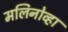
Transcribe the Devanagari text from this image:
मलिनोव्हा